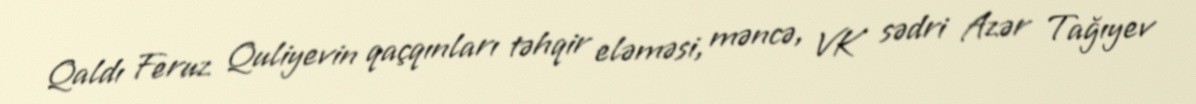
Qaldı Feruz Quliyevin qaçqınları təhqir eləməsi, məncə, VK sədri Azər Tağıyev